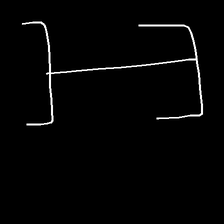
Glyph: entwine